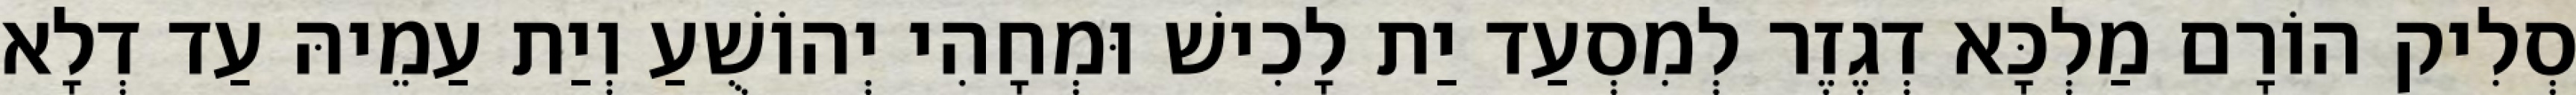
סְלִיק הוֹרָם מַלְכָּא דְגֶזֶר לְמִסְעַד יַת לָכִישׁ וּמְחָהִי יְהוֹשֻׁעַ וְיַת עַמֵיהּ עַד דְלָא